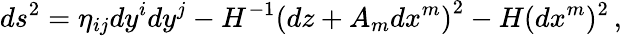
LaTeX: ds^{2}=\eta_{ij}dy^{i}dy^{j}-H^{-1}\left(dz+{A}_{m}dx^{m}\right)^{2}-H(dx^{m})^{2}\, ,